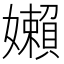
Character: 嬾